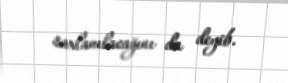
saxlanılacağını da deyib.